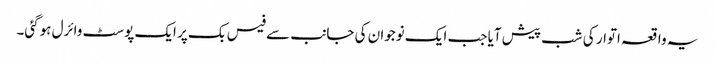
یہ واقعہ اتوار کی شب پیش آیا جب ایک نوجوان کی جانب سے فیس بک پر ایک پوسٹ وائرل ہوگئی۔